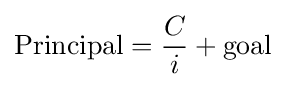
{\text{Principal}}={\frac {C}{i}}+{\text{goal}}